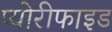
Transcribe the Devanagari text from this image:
प्योरीफाइड